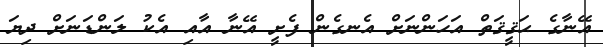
އޭނާގެ ޙަޤީޤަތް އަހަންނަށް އެނގެން ފެށީ އޭނާ އާއި އެކު ލަންޑަނަށް ދިޔަ